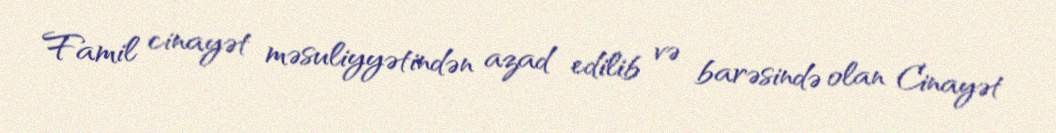
Famil cinayət məsuliyyətindən azad edilib və barəsində olan Cinayət